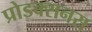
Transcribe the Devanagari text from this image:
प्रोडक्सनस